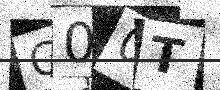
Text: C00T